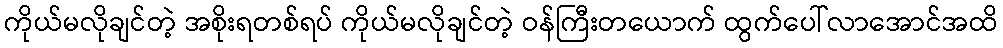
ကိုယ်မလိုချင်တဲ့ အစိုးရတစ်ရပ် ကိုယ်မလိုချင်တဲ့ ဝန်ကြီးတယောက် ထွက်ပေါ်လာအောင်အထိ